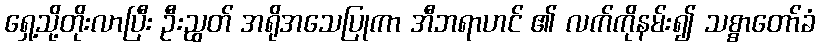
ရှေ့သို့တိုးလာပြီး ဦးညွတ် အရိုအသေပြုကာ အီဘရာဟင် ၏ လက်ကိုနမ်း၍ သစ္စာတော်ခံ